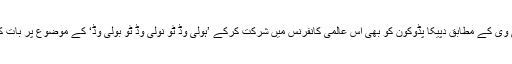
این ڈی ٹی وی کے مطابق دپیکا پڈوکون کو بھی اس عالمی کانفرنس میں شرکت کرکے ’ہولی وڈ ٹو نولی وڈ ٹو بولی وڈ‘ کے موضوع پر بات کرنی تھی۔